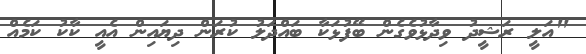
"އަލީ ރަޝީދު ވިދާޅުވެގެން ބޭފުޅަކާ ބައްދަލު ކުރަން ދިޔައިން އެއީ ކާކު ކަމެއް